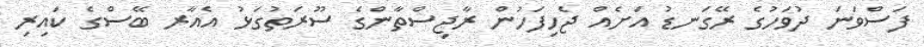
ފަސްވަނަ ދުވަހުގެ ރޭގަނޑު އަށެއް ޖެހިފަހުން ރާޖިސްތާންގެ ސޫރަތުގަޅު އެއާރ ބޭސްގެ ކައިރި